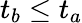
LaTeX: t_{b}\leq t_{a}